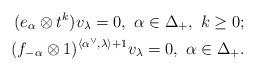
LaTeX: \begin{align*}(e_{\alpha}\otimes t^k) v_{\lambda}=0, \ \alpha \in \Delta_+, ~k \geq 0;\\(f_{-\alpha}\otimes 1)^{\langle \alpha^\vee, \lambda \rangle+1} v_{\lambda}=0, \ \alpha \in \Delta_+.\end{align*}